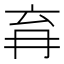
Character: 𭁩